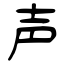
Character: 声